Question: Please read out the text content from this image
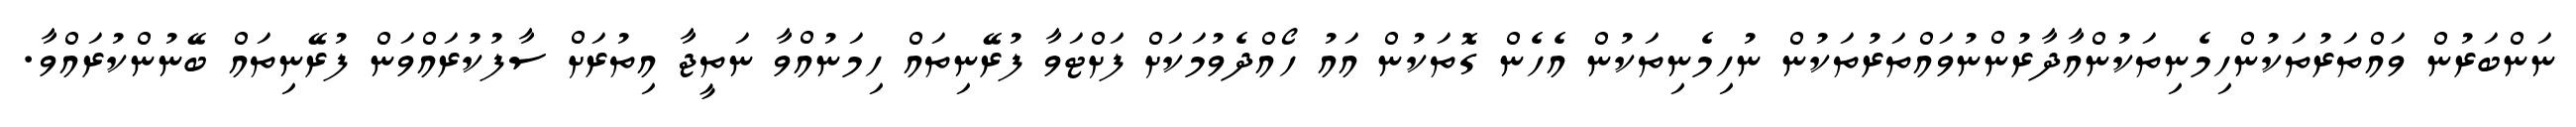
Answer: ނަންބަރުން ވައްތަރުތަކުންހިމެނިތަކުންއާދާރުންނުވައްތަރުތަކުން ނުހިމެނިތަކުން އެހެން ގޮތަކުން އައު ހޯއްދެވުމަކަށް ފަށްޓަވާ ފުރޭނިތައް ހިމަނުއްވާ ނަތީޖާ އިތުރަށް ސާފުކުރައްވަން ފުރޭނިތައް ބޭނުންކުރައްވާ.